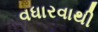
વધારવાથી